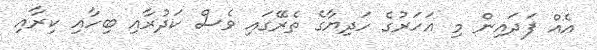
އެއް ފަދައިން މި އަހަރުގެ ހަދިޔާގެ ތެރޭގައި ވެސް ކަދުރާއި ބިހާއި ކިރާއި